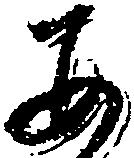
あ